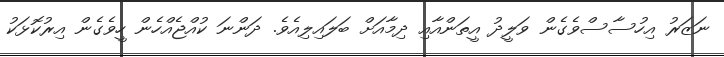
ނަޒަރު އިހުސާސްވެގެން ވަލީދު އީތަންއާއި ދިމާއަށް ބަލައިލިއެވެ. ދަަންނަ ކުއްޖެއްހެން ހީވެގެން އިރުކޮޅަކު